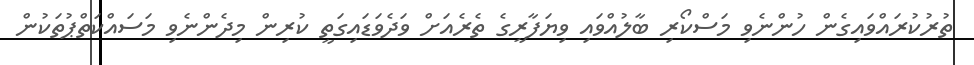
ތުރުކުރައްވައިގެން ހުންނެވި މަސްކޯރި ބާލުއްވައި ވިޔަފާރީގެ ތެރެއަށް ވަދެވަޑައިގަތީ ކުރިން މިދެންނެވި މަސައްކަތްޕުތަކުން